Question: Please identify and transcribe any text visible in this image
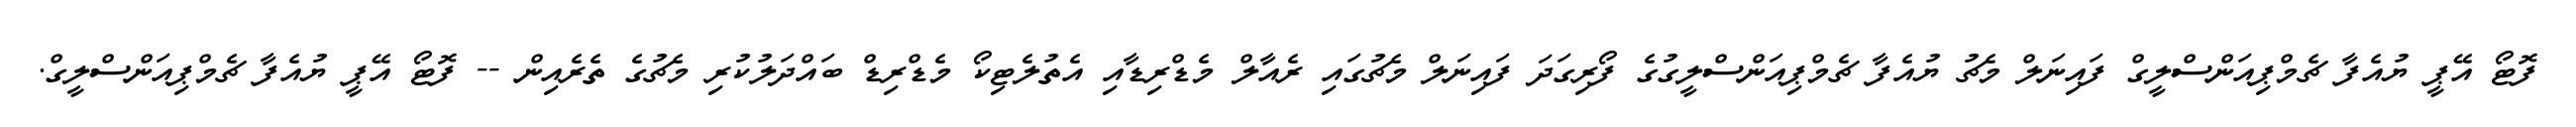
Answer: ފޮޓޯ އޭޕީ ޔުއެފާ ޗެމްޕިއަންސްލީގް ފައިނަލް މެޗު ޔުއެފާ ޗެމްޕިއަންސްލީގުގެ ފޯރިގަދަ ފައިނަލް މެޗުގައި ރެއާލް މެޑްރިޑާއި އެތުލެޓިކޯ މެޑްރިޑް ބައްދަލުކުރި މެޗުގެ ތެރެއިން -- ފޮޓޯ އޭޕީ ޔުއެފާ ޗެމްޕިއަންސްލީގް.